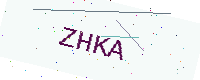
Text: ZHKA